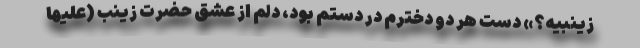
زینبیه؟» دست هر دو دخترم در دستم بود، دلم از عشق حضرت زینب (علیها